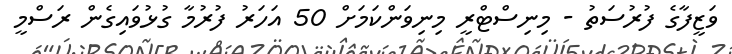
ވަޒީފާގެ ފުރުސަތު - މިނިސްޓްރީ މިނިވަންކަމަށް 50 އަހަރު ފުރުމާ ގުޅުވައިގެން ރަސްމީ